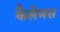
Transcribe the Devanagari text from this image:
कैलेमस